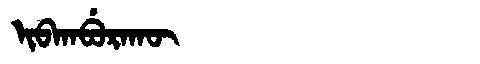
Manchu: ᡳᠪᡴᠠᠪᡠᡵᠠᡴᡡ
Romanization: IBKABURAKŪ